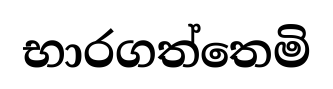
භාරගත්තෙමි